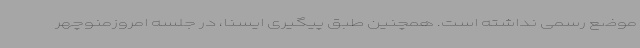
موضع رسمی نداشته‌ است. همچنین طبق پیگیری ایسنا، در جلسه امروزمنوچهر